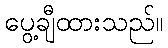
ပွေ့ချီထားသည်။